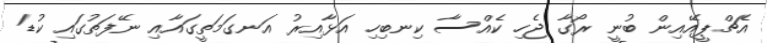
އެޗްޕީއޭއިން ބުނީ ރޯގާ ޖެހި ކެއްސާ ކިނބިހި އަޅާއިރު އަނގަމަތީގައާއި ނޭފަތުގައި ކުޑަ